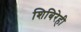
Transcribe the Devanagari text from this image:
शिबिरेही